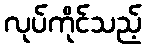
လုပ်ကိုင်သည့်